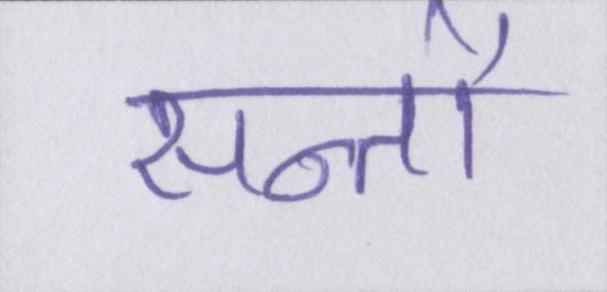
सन्तों